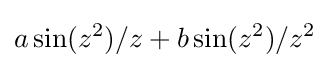
a\sin(z^{2})/z+b\sin(z^{2})/z^{2}